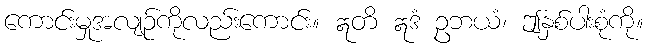
ကောင်းမှုအလျဉ်ကိုလည်းကောင်း။ ဣတိ ဣဒံ ဥဘယံ၊ ဤနှစ်ပါးစုံကို။